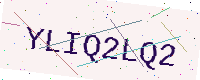
Text: YLIQ2LQ2